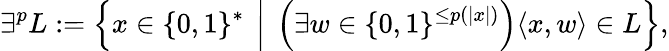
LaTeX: \exists^{p}L:=\left\{ x\in\{ 0,1\} ^{*}\ \left|\ \left(\exists w\in\{ 0,1\} ^{\leq p(|x|)}\right)\langle x,w\rangle\in L\right.\right\} ,